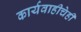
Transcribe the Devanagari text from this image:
कार्यवाहीचेही